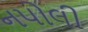
નપોલી